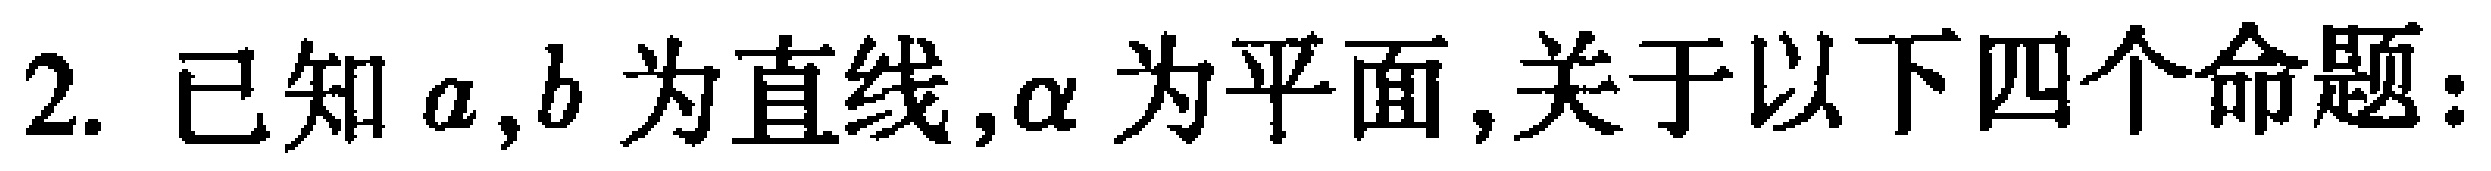
2. 已知\(a,b\)为直线，\(\alpha\)为平面，关于以下四个命题：